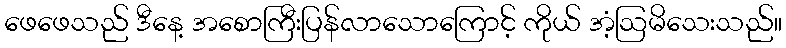
ဖေဖေသည် ဒီနေ့ အစောကြီးပြန်လာသောကြောင့် ကိုယ် အံ့ဩမိသေးသည်။